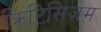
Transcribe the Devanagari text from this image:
क्रिटिसिज़म